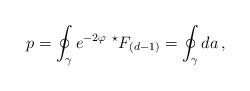
LaTeX: \begin{align*}p= \oint_{\gamma} e^{-2\varphi}\ {}^{\star}F_{(d-1)} = \oint_{\gamma} d a\, ,\end{align*}